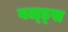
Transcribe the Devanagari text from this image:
वल्ड्स